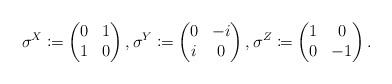
LaTeX: \begin{align*}\sigma^X \coloneqq\begin{pmatrix}0 & 1\\1 & 0\end{pmatrix},\sigma^Y\coloneqq\begin{pmatrix}0 & -i\\i & 0\end{pmatrix},\sigma^Z\coloneqq\begin{pmatrix}1 & 0\\0 & - 1\end{pmatrix}.\end{align*}